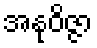
အနုဝိဇ္ဇာ